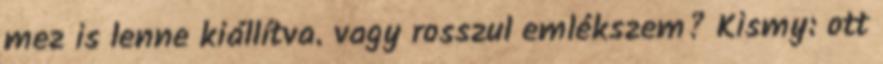
mez is lenne kiállítva. vagy rosszul emlékszem? Kismy: ott